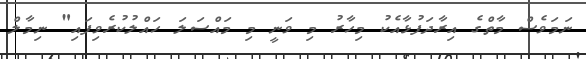
ނަމަވެސް މާތްގެ އިރާދަފުޅާއެކު މިހާރު މި ވަނީ މި މައްސަލަ ހައްލުކުރެވިފައި" ނިމާލް